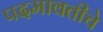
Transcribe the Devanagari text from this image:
पदमावतीचे